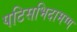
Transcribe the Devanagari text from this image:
पटिसभिदामग्ग